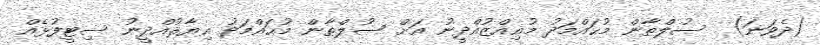
(ދެވަނަ)  ސުލްޠާން މުޙައްމަދު މުޢިއްޒުއްދީނު އަށް ސުލްޠާން މުޙައްމަދު ޣިޔާޘުއްދީނު ސިޓީފުޅެއް